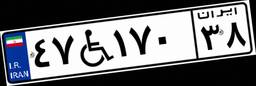
۵۹W۷۵۸۴۶